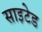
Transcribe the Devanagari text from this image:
साइटेड